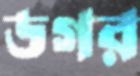
ডগর